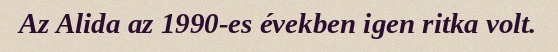
Az Alida az 1990-es években igen ritka volt.